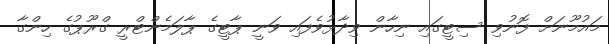
މައުމޫނަށް ފޮނުވި ސިޓީގައި ނިހާން ވިދާޅުވެފައި ވަނީ ޕާޓީގެ ޕާލަމެންޓްރީ ގްރޫޕުގެ ހިންގާ